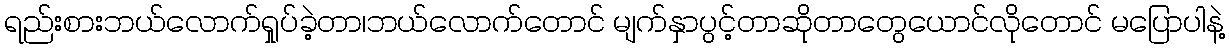
ရည်းစားဘယ်လောက်ရှုပ်ခဲ့တာ၊ဘယ်လောက်တောင် မျက်နှာပွင့်တာဆိုတာတွေယောင်လိုတောင် မပြောပါနဲ့